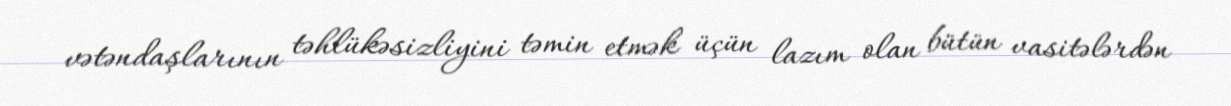
vətəndaşlarının təhlükəsizliyini təmin etmək üçün lazım olan bütün vasitələrdən